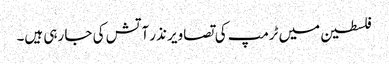
فلسطین میں ٹرمپ کی تصاویر نذر آتش کی جا رہی ہیں۔